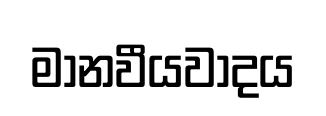
මානවීයවාදය